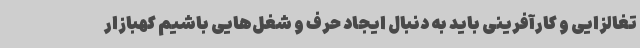
تغالزایی و کارآفرینی باید به دنبال ایجاد حرف و شغل‌هایی باشیم کهبازار